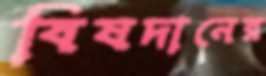
বিষদানের